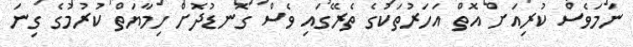
ނަމަވެސް ކުރިއަށް އޮތް އަހަރުތަކުގެ ތެރޭގައި ވެސް ގޮނޑުދޮށް ހިމާޔަތް ކުރުމުގެ ގިނަ